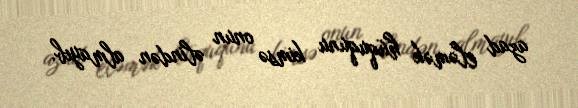
azad eləmək hüququnu kimsə onun əlindən almayıb.